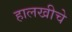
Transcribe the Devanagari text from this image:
हालखीचे